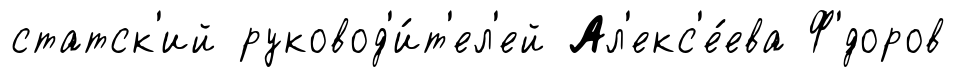
статск'ий руковод'и́т'ел'ей Ал'екс'е́ева Ф'́доров